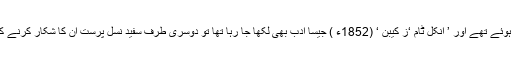
ایک طرف اس تحریک کے حامی لگے ہوئے تھے اور ’ انکل ٹام ‘ز کیبن ‘ (1852ء ) جیسا ادب بھی لکھا جا رہا تھا تو دوسری طرف سفید نسل پرست ان کا شکار کرنے کے نت نئے حربے اختیار کرتے رہے ۔